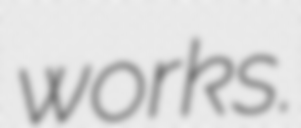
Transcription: works.